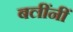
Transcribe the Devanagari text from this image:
बलींनीं